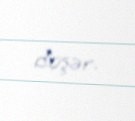
düşər.